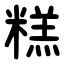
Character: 糕